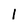
Character: l